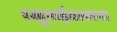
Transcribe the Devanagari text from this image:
रखुमाईवल्लभा